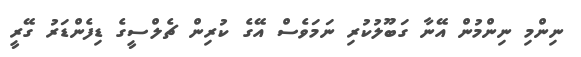
ނިންމި ނިންމުން އޭނާ ގަބޫލުކުރި ނަމަވެސް އޭގެ ކުރިން ޗެލްސީގެ ޑިފެންޑަރު ގޭރީ